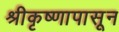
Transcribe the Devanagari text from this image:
श्रीकृष्णापासून